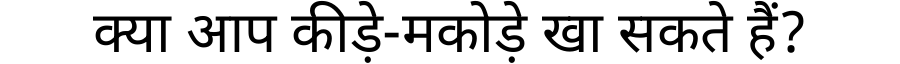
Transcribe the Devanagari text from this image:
क्या आप कीड़े-मकोड़े खा सकते हैं?